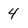
Character: 4